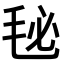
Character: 𣭈